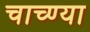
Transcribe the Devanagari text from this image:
चाच्ण्या